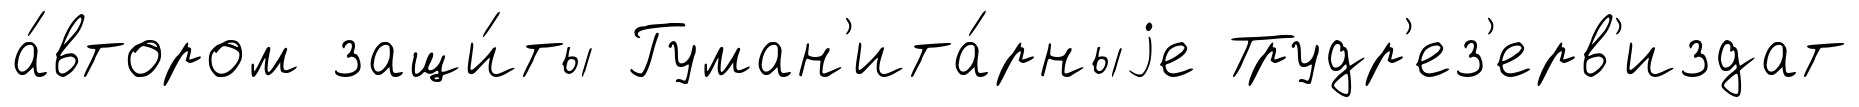
а́втором защи́ты Гуман'ита́рныjе Трудр'ез'ерв'издат